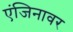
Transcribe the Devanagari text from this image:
एंजिनावर